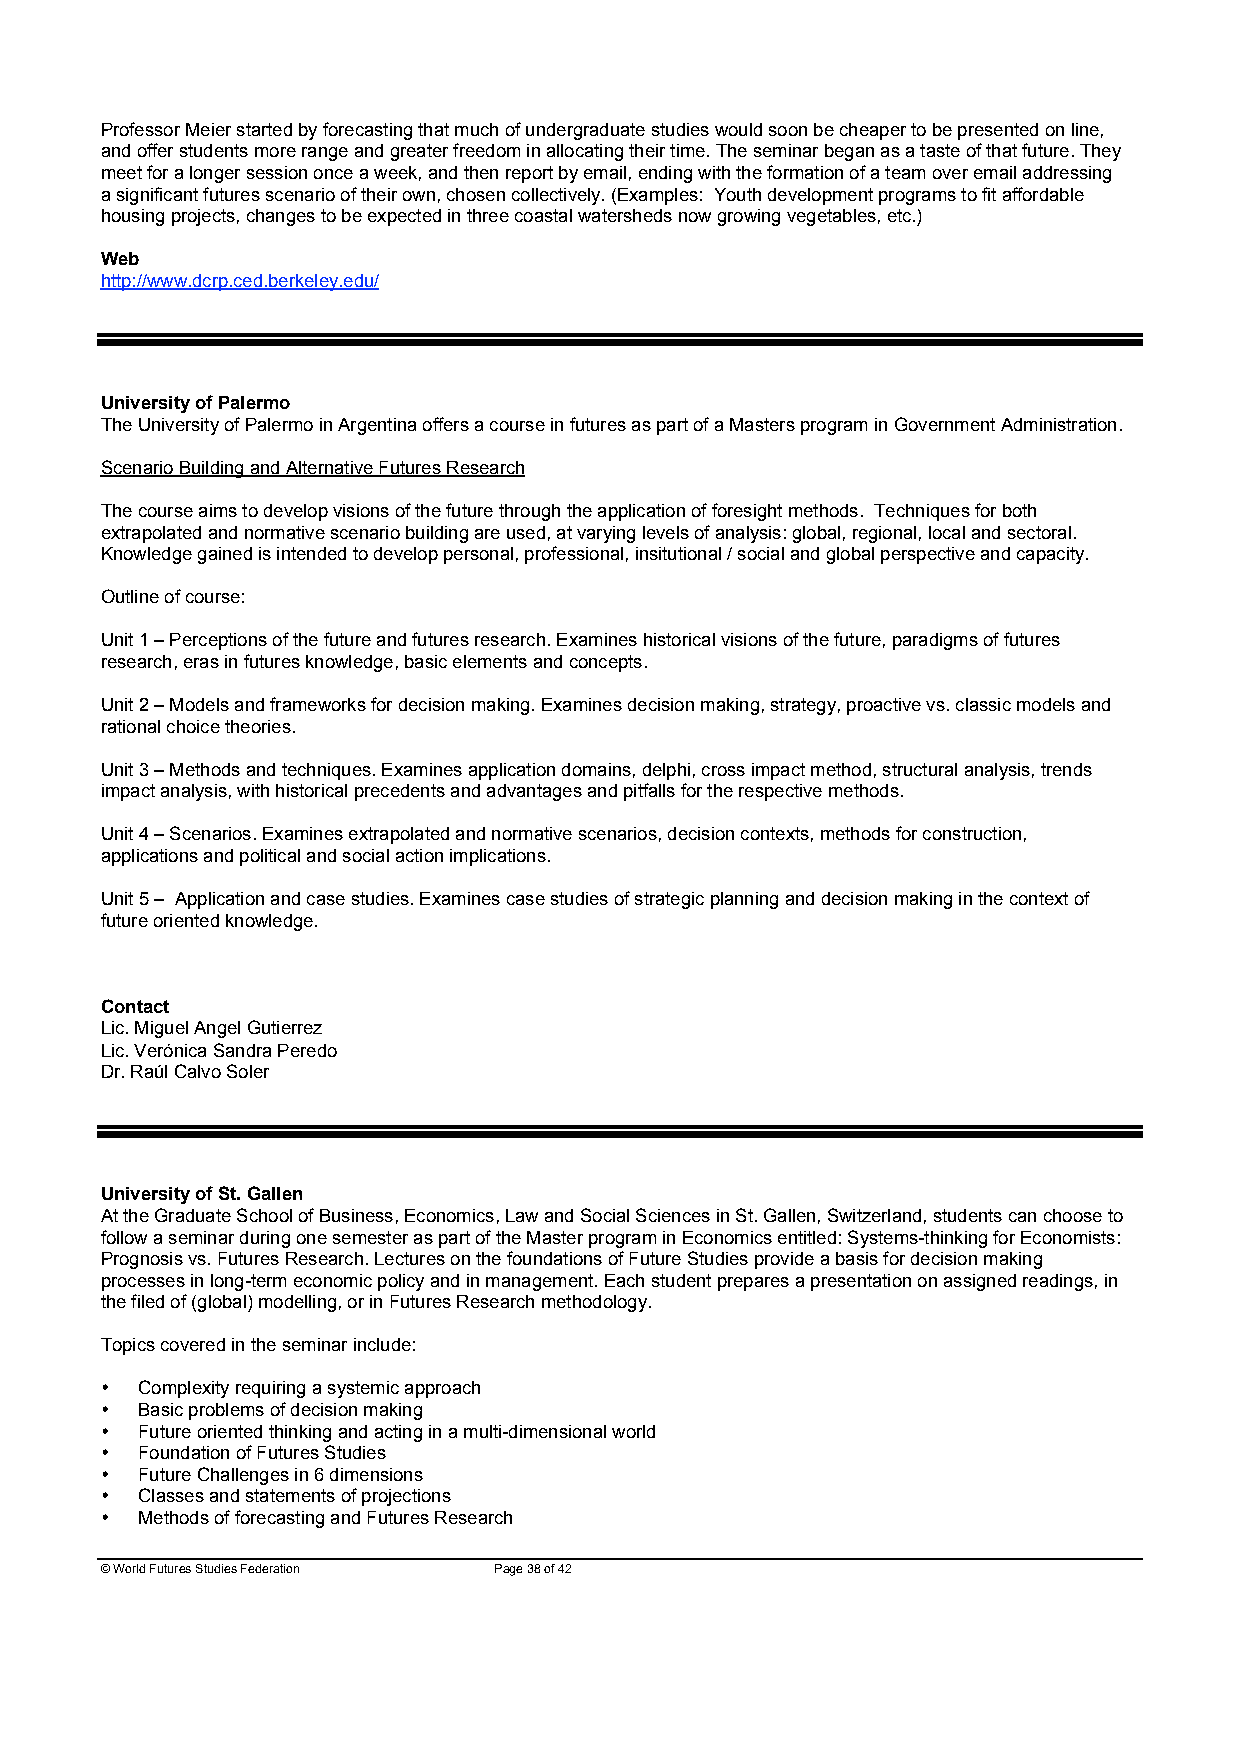
Professor Meier started by forecasting that much of undergraduate studies would soon be cheaper to be presented on line,
 and offer students more range and greater freedom in allocating their time. The seminar began as a taste of that future. They
 meet for a longer session once a week, and then report by email, ending with the formation of a team over email addressing
 a significant futures scenario of their own, chosen collectively. (Examples: Youth development programs to fit affordable
 housing projects, changes to be expected in three coastal watersheds now growing vegetables, etc.)
 Web
 http://www.dcrp.ced.berkeley.edu/
 University of Palermo
 The University of Palermo in Argentina offers a course in futures as part of a Masters program in Government Administration.
 Scenario Building and Alternative Futures Research
 The course aims to develop visions of the future through the application of foresight methods. Techniques for both
 extrapolated and normative scenario building are used, at varying levels of analysis: global, regional, local and sectoral.
 Knowledge gained is intended to develop personal, professional, insitutional / social and global perspective and capacity.
 Outline of course:
 Unit 1 – Perceptions of the future and futures research. Examines historical visions of the future, paradigms of futures
 research, eras in futures knowledge, basic elements and concepts.
 Unit 2 – Models and frameworks for decision making. Examines decision making, strategy, proactive vs. classic models and
 rational choice theories.
 Unit 3 – Methods and techniques. Examines application domains, delphi, cross impact method, structural analysis, trends
 impact analysis, with historical precedents and advantages and pitfalls for the respective methods.
 Unit 4 – Scenarios. Examines extrapolated and normative scenarios, decision contexts, methods for construction,
 applications and political and social action implications.
 Unit 5 – Application and case studies. Examines case studies of strategic planning and decision making in the context of
 future oriented knowledge.
 Contact
 Lic. Miguel Angel Gutierrez
 Lic. Verónica Sandra Peredo
 Dr. Raúl Calvo Soler
 University of St. Gallen
 At the Graduate School of Business, Economics, Law and Social Sciences in St. Gallen, Switzerland, students can choose to
 follow a seminar during one semester as part of the Master program in Economics entitled: Systems-thinking for Economists:
 Prognosis vs. Futures Research. Lectures on the foundations of Future Studies provide a basis for decision making
 processes in long-term economic policy and in management. Each student prepares a presentation on assigned readings, in
 the filed of (global) modelling, or in Futures Research methodology.
 Topics covered in the seminar include:
 • Complexity requiring a systemic approach
 • Basic problems of decision making
 • Future oriented thinking and acting in a multi-dimensional world
 • Foundation of Futures Studies
 • Future Challenges in 6 dimensions
 • Classes and statements of projections
 • Methods of forecasting and Futures Research
 © World Futures Studies Federation Page 38 of 42